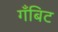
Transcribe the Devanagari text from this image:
गँबिट